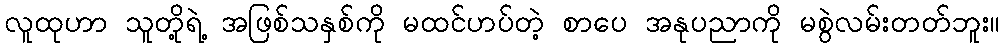
လူထုဟာ သူတို့ရဲ့ အဖြစ်သနှစ်ကို မထင်ဟပ်တဲ့ စာပေ အနုပညာကို မစွဲလမ်းတတ်ဘူး။